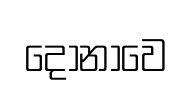
දෝනාවෙ